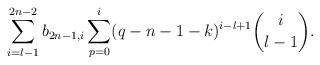
LaTeX: \begin{align*}\sum_{i=l-1}^{2n-2} b_{2n-1,i}\sum_{p=0}^i(q-n-1-k)^{i-l+1}\binom{i}{l-1}.\end{align*}